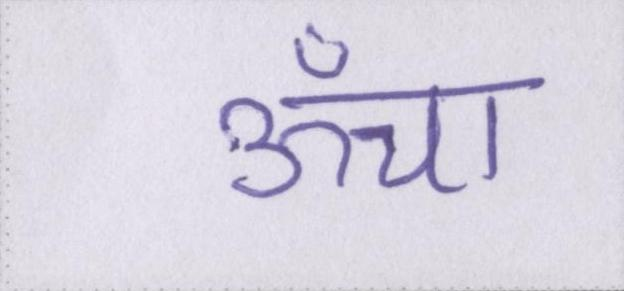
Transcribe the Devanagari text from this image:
ऊँचा